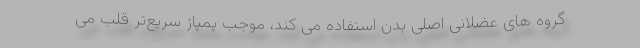
گروه های عضلانی اصلی بدن استفاده می کند، موجب پمپاژ سریع‌تر قلب می